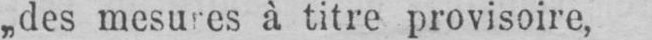
„des mesures à titre provisoire,